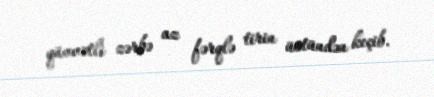
qüvvətli zərbə az fərqlə tirin üstündən keçib.